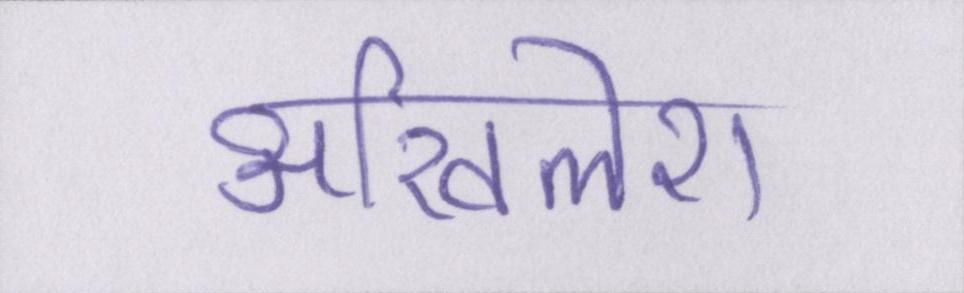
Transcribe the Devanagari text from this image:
अखिलेश